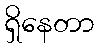
ရှိနေတာ